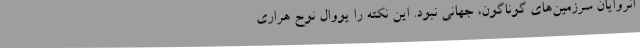
انروایان سرزمین‌های گوناگون، جهانی نبود. این نکته را یووال نوح هراری